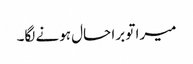
میرا تو برا حال ہونے لگا۔